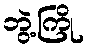
ဘွဲ့ကြို